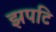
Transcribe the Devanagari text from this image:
झपटि